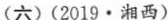
(六)(2019·湘西)